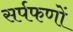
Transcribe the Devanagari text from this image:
सर्पफणों